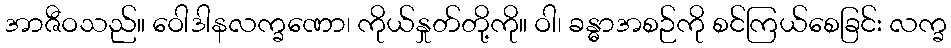
အာဇီဝသည်။ ဝေါဒါနလက္ခဏော၊ ကိုယ်နှုတ်တို့ကို။ ဝါ၊ ခန္ဓာအစဉ်ကို စင်ကြယ်စေခြင်း လက္ခ